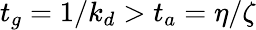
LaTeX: t_{g}=1/k_{d}>t_{a}=\eta/\zeta